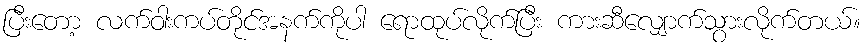
ပြီးတော့ လက်ဝါးကပ်တိုင်အနက်ကိုပါ ရောထုပ်လိုက်ပြီး ကားဆီလျှောက်သွားလိုက်တယ်။